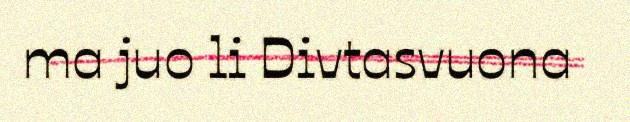
ma juo li Divtasvuona